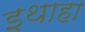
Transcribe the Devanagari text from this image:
इथाहा